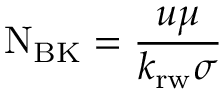
\mathrm { N } _ { \mathrm { B K } } = { \frac { u \mu } { k _ { \mathrm { r w } } \sigma } }